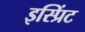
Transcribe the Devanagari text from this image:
इस्प्रिंट